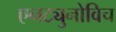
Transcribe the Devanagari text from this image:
एनट्युनोविच